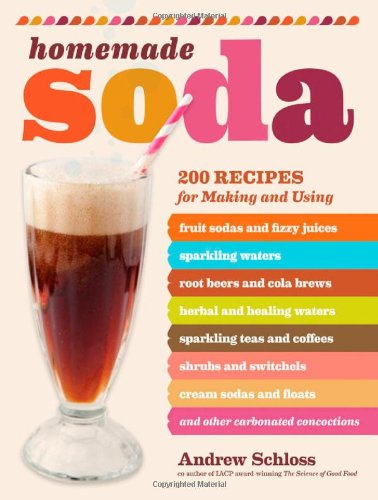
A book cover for Homemade Soda: 200 Recipes for Making & Using Fruit Sodas & Fizzy Juices, Sparkling Waters, Root Beers & Cola Brews, Herbal & Healing Waters, ... & Floats, & Other Carbonated Concoctions; Andrew Schloss; Cookbooks, Food & Wine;